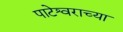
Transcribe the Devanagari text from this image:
पाटेश्वराच्या